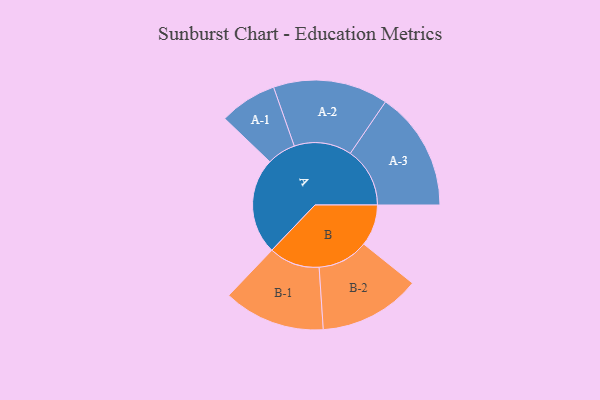
{"axis": {"x": "Segment", "y": "Value"}, "legend": ["", "A", "B"], "data": [{"x": "A", "y": 419, "type": ""}, {"x": "B", "y": 180, "type": ""}, {"x": "A-1", "y": 125, "type": "A"}, {"x": "A-2", "y": 250, "type": "A"}, {"x": "A-3", "y": 259, "type": "A"}, {"x": "B-1", "y": 221, "type": "B"}, {"x": "B-2", "y": 221, "type": "B"}]}